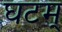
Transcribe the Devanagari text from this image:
घटम्